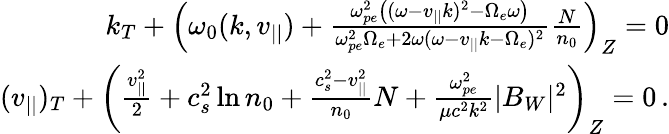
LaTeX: \begin{array}{r}{k_{T}+\left(\omega_{0}(k,v_{||})+\frac{\omega_{pe}^{2}\big((\omega-v_{||}k)^{2}-\Omega_{e}\omega\big)}{\omega_{pe}^{2}\Omega_{e}+2\omega(\omega-v_{||}k-\Omega_{e})^{2}}\frac{N}{n_{0}}\right)_{Z}=0}\\ {(v_{||})_{T}+\left(\frac{v_{||}^{2}}{2}+c_{s}^{2}\ln n_{0}+\frac{c_{s}^{2}-v_{||}^{2}}{n_{0}}N+\frac{\omega_{pe}^{2}}{\mu c^{2}k^{2}}|B_{W}|^{2}\right)_{Z}=0\, .}\end{array}